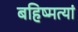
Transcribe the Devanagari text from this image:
बहिष्मत्यां